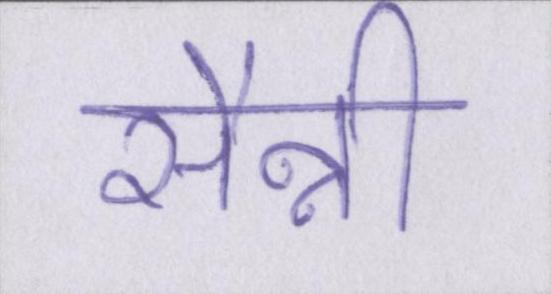
सैन्नी